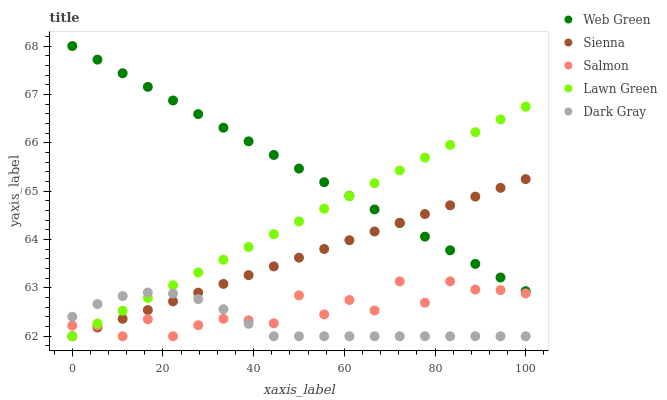
| xaxis_label | Web Green | Sienna | Salmon | Lawn Green | Dark Gray |
 | --- | --- | --- | --- | --- | --- |
 | 0 | 68 | 62 | 62.2 | 62 | 62.4 |
 | 5.56 | 67.7 | 62.2 | 62.2 | 62.3 | 62.7 |
 | 11.1 | 67.4 | 62.4 | 62 | 62.5 | 62.8 |
 | 16.7 | 67.2 | 62.5 | 62.4 | 62.8 | 62.9 |
 | 22.2 | 66.9 | 62.7 | 62 | 63.1 | 62.9 |
 | 27.8 | 66.6 | 62.9 | 62.2 | 63.3 | 62.8 |
 | 33.3 | 66.3 | 63.1 | 62.4 | 63.6 | 62.6 |
 | 38.9 | 66 | 63.3 | 62.3 | 63.8 | 62.3 |
 | 44.4 | 65.7 | 63.4 | 62.3 | 64.1 | 62 |
 | 50 | 65.5 | 63.6 | 62.8 | 64.4 | 62 |
 | 55.6 | 65.2 | 63.8 | 62.5 | 64.6 | 62 |
 | 61.1 | 64.9 | 64 | 62.7 | 64.9 | 62 |
 | 66.7 | 64.6 | 64.2 | 62.5 | 65.2 | 62 |
 | 72.2 | 64.3 | 64.3 | 63.1 | 65.4 | 62 |
 | 77.8 | 64.1 | 64.5 | 62.7 | 65.7 | 62 |
 | 83.3 | 63.8 | 64.7 | 63.1 | 66 | 62 |
 | 88.9 | 63.5 | 64.9 | 63 | 66.2 | 62 |
 | 94.4 | 63.2 | 65.1 | 63 | 66.5 | 62 |
 | 100 | 62.9 | 65.2 | 62.9 | 66.7 | 62 |